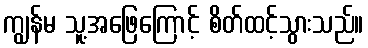
ကျွန်မ သူ့အဖြေကြောင့် စိတ်ထင့်သွားသည်။